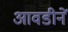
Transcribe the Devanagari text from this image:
आवडीनें